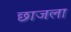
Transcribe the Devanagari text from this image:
छाजला